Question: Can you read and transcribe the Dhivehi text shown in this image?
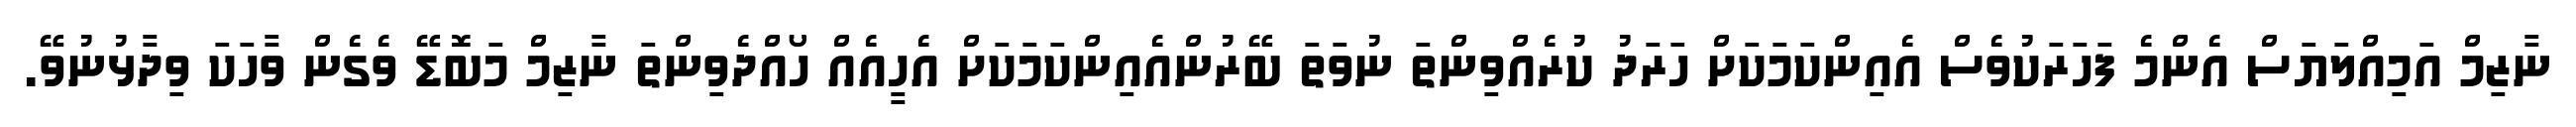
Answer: ނާޒިމް އަމިއްލަޔަސް އެންމެ ފަހަރަކުވެސް އެއިންކަމަކަށް ހަރަދު ކުރެއްވިންތަ ނުވަތަ ބޭރުންއެއިންކަމަކަށް އެހީއެއް ހޯއްދެވިންތަ ނާޒިމް މަބޮޑޭ ވެގެން ވާހަކަ ވިދާޅުނުވޭ.